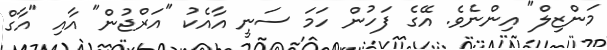
މަންޒިލް" އިންނެވެ. އޭގެ ފަހުން ހަމަ ސަނީ އާއެކު "އަރްޖުން" އާއި "އާގް